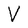
Character: V